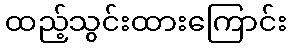
ထည့်သွင်းထားကြောင်း